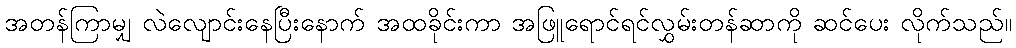
အတန်ကြာမျှ လဲလျောင်းနေပြီးနောက် အထခိုင်းကာ အဖြူရောင်ရင်လွှမ်းတန်ဆာကို ဆင်ပေး လိုက်သည်။